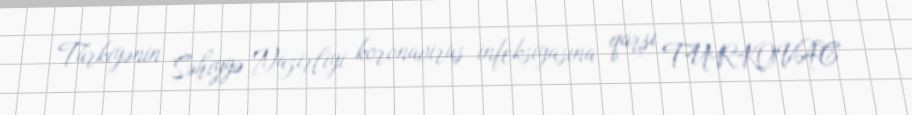
Türkiyənin Səhiyyə Nazirliyi koronavirus infeksiyasına qarşı TURKOVAC